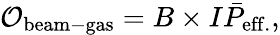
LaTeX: \mathcal{O}_{\mathrm{beam-gas}}=B\times I\bar{P}_{\mathrm{eff.}},